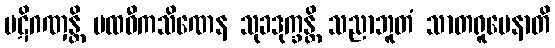
ပဋိဂဏှန္တိ ပထဝီကသိဏေန သုခဒုက္ခန္တိ သညာဘူတံ သာတရူပေနာတိ